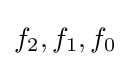
f_{2},f_{1},f_{0}